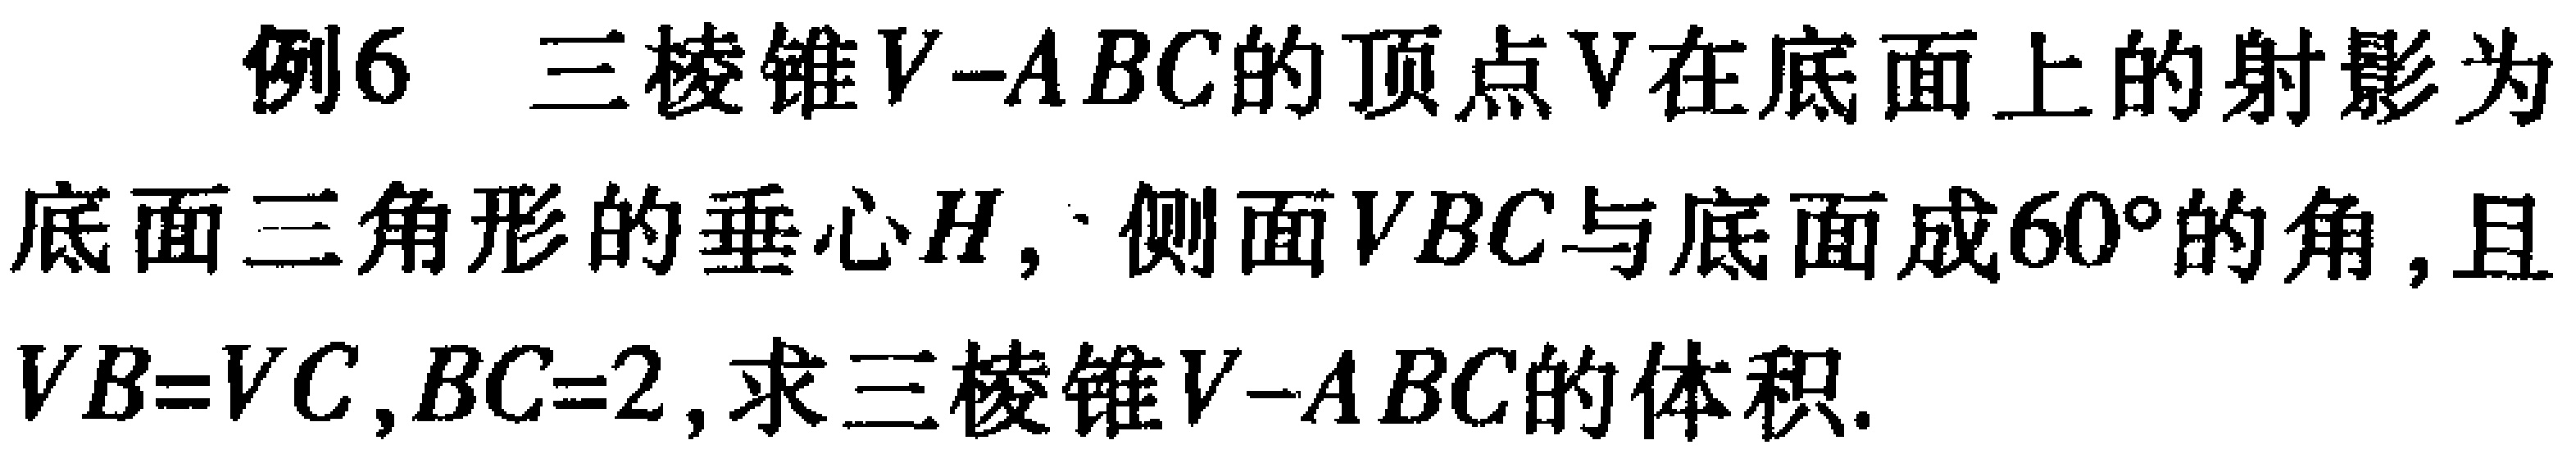
例6 三棱锥\(V - ABC\)的顶点\(V\)在底面上的射影为底面三角形的垂心\(H\)，侧面\(VBC\)与底面成\(60^{\circ}\)的角，且\(VB = VC\)，\(BC = 2\)，求三棱锥\(V - ABC\)的体积.